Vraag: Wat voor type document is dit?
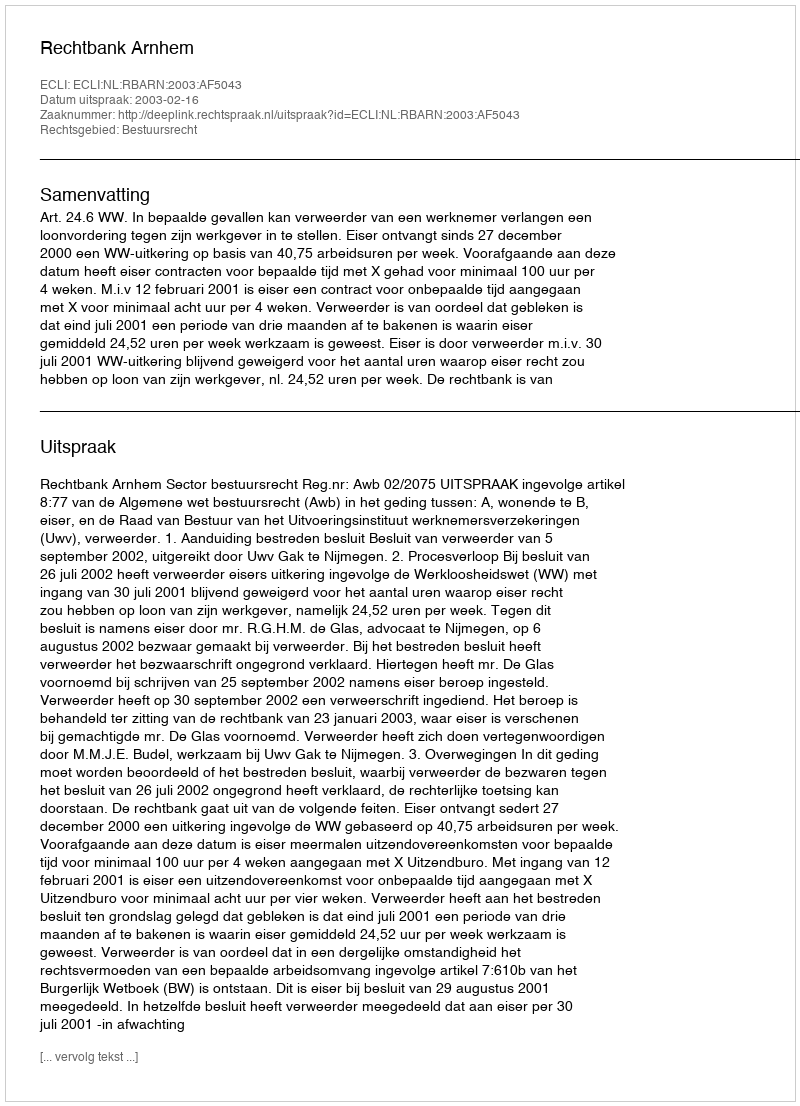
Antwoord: Uitspraak